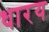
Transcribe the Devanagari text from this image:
धारय